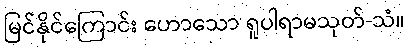
မြင်နိုင်ကြောင်း ဟောသော ရူပါရာမသုတ်-သံ။